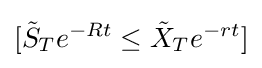
[{\tilde {S}}_{T}e^{-Rt}\leq {\tilde {X}}_{T}e^{-rt}]